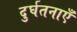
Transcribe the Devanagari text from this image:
दुर्घतनाएँ